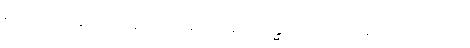
မထိုင်တို့ဆောင်ထသော။ ပရမသုရဘိဝန္ဓာတုသုမသမသလင်္ကတော၊